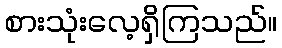
စားသုံးလေ့ရှိကြသည်။